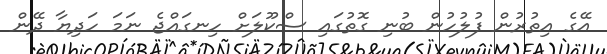
އޭގެ އިތުރުން ފުލުހުން ބުނި ގޮތުގައި ސްކޫލަށް ހިނގައްޖެ ނަމަ ހަދިޔާ ދޭން